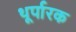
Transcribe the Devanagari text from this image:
थूर्पारक